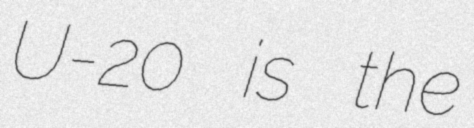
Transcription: U-20 is the